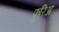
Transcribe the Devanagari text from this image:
फुरिअ